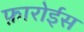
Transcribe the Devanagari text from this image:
फ़ारोईस